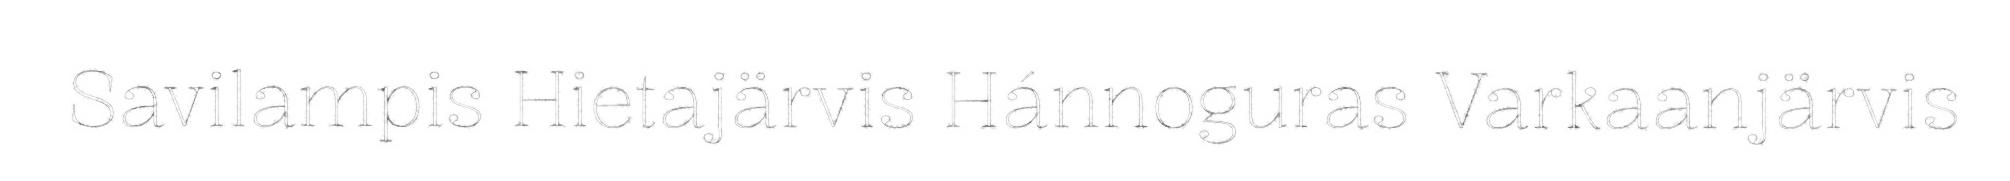
Savilampis Hietajärvis Hánnoguras Varkaanjärvis